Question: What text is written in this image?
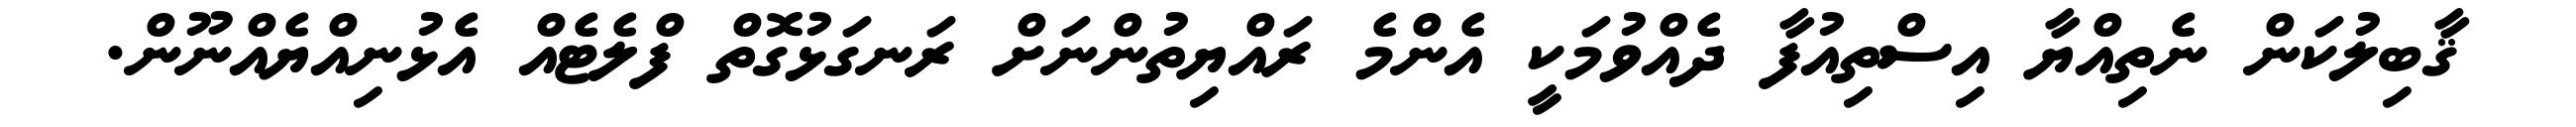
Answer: ޤާބިލުކަން ނެތިއްޔާ އިސްތިއުފާ ދެއްވުމަކީ އެންމެ ރައްޔިތުންނަށް ރަނގަޅުގޮތް ފްލެޓެއް އެޅުނިއްޔެއްނޫން.